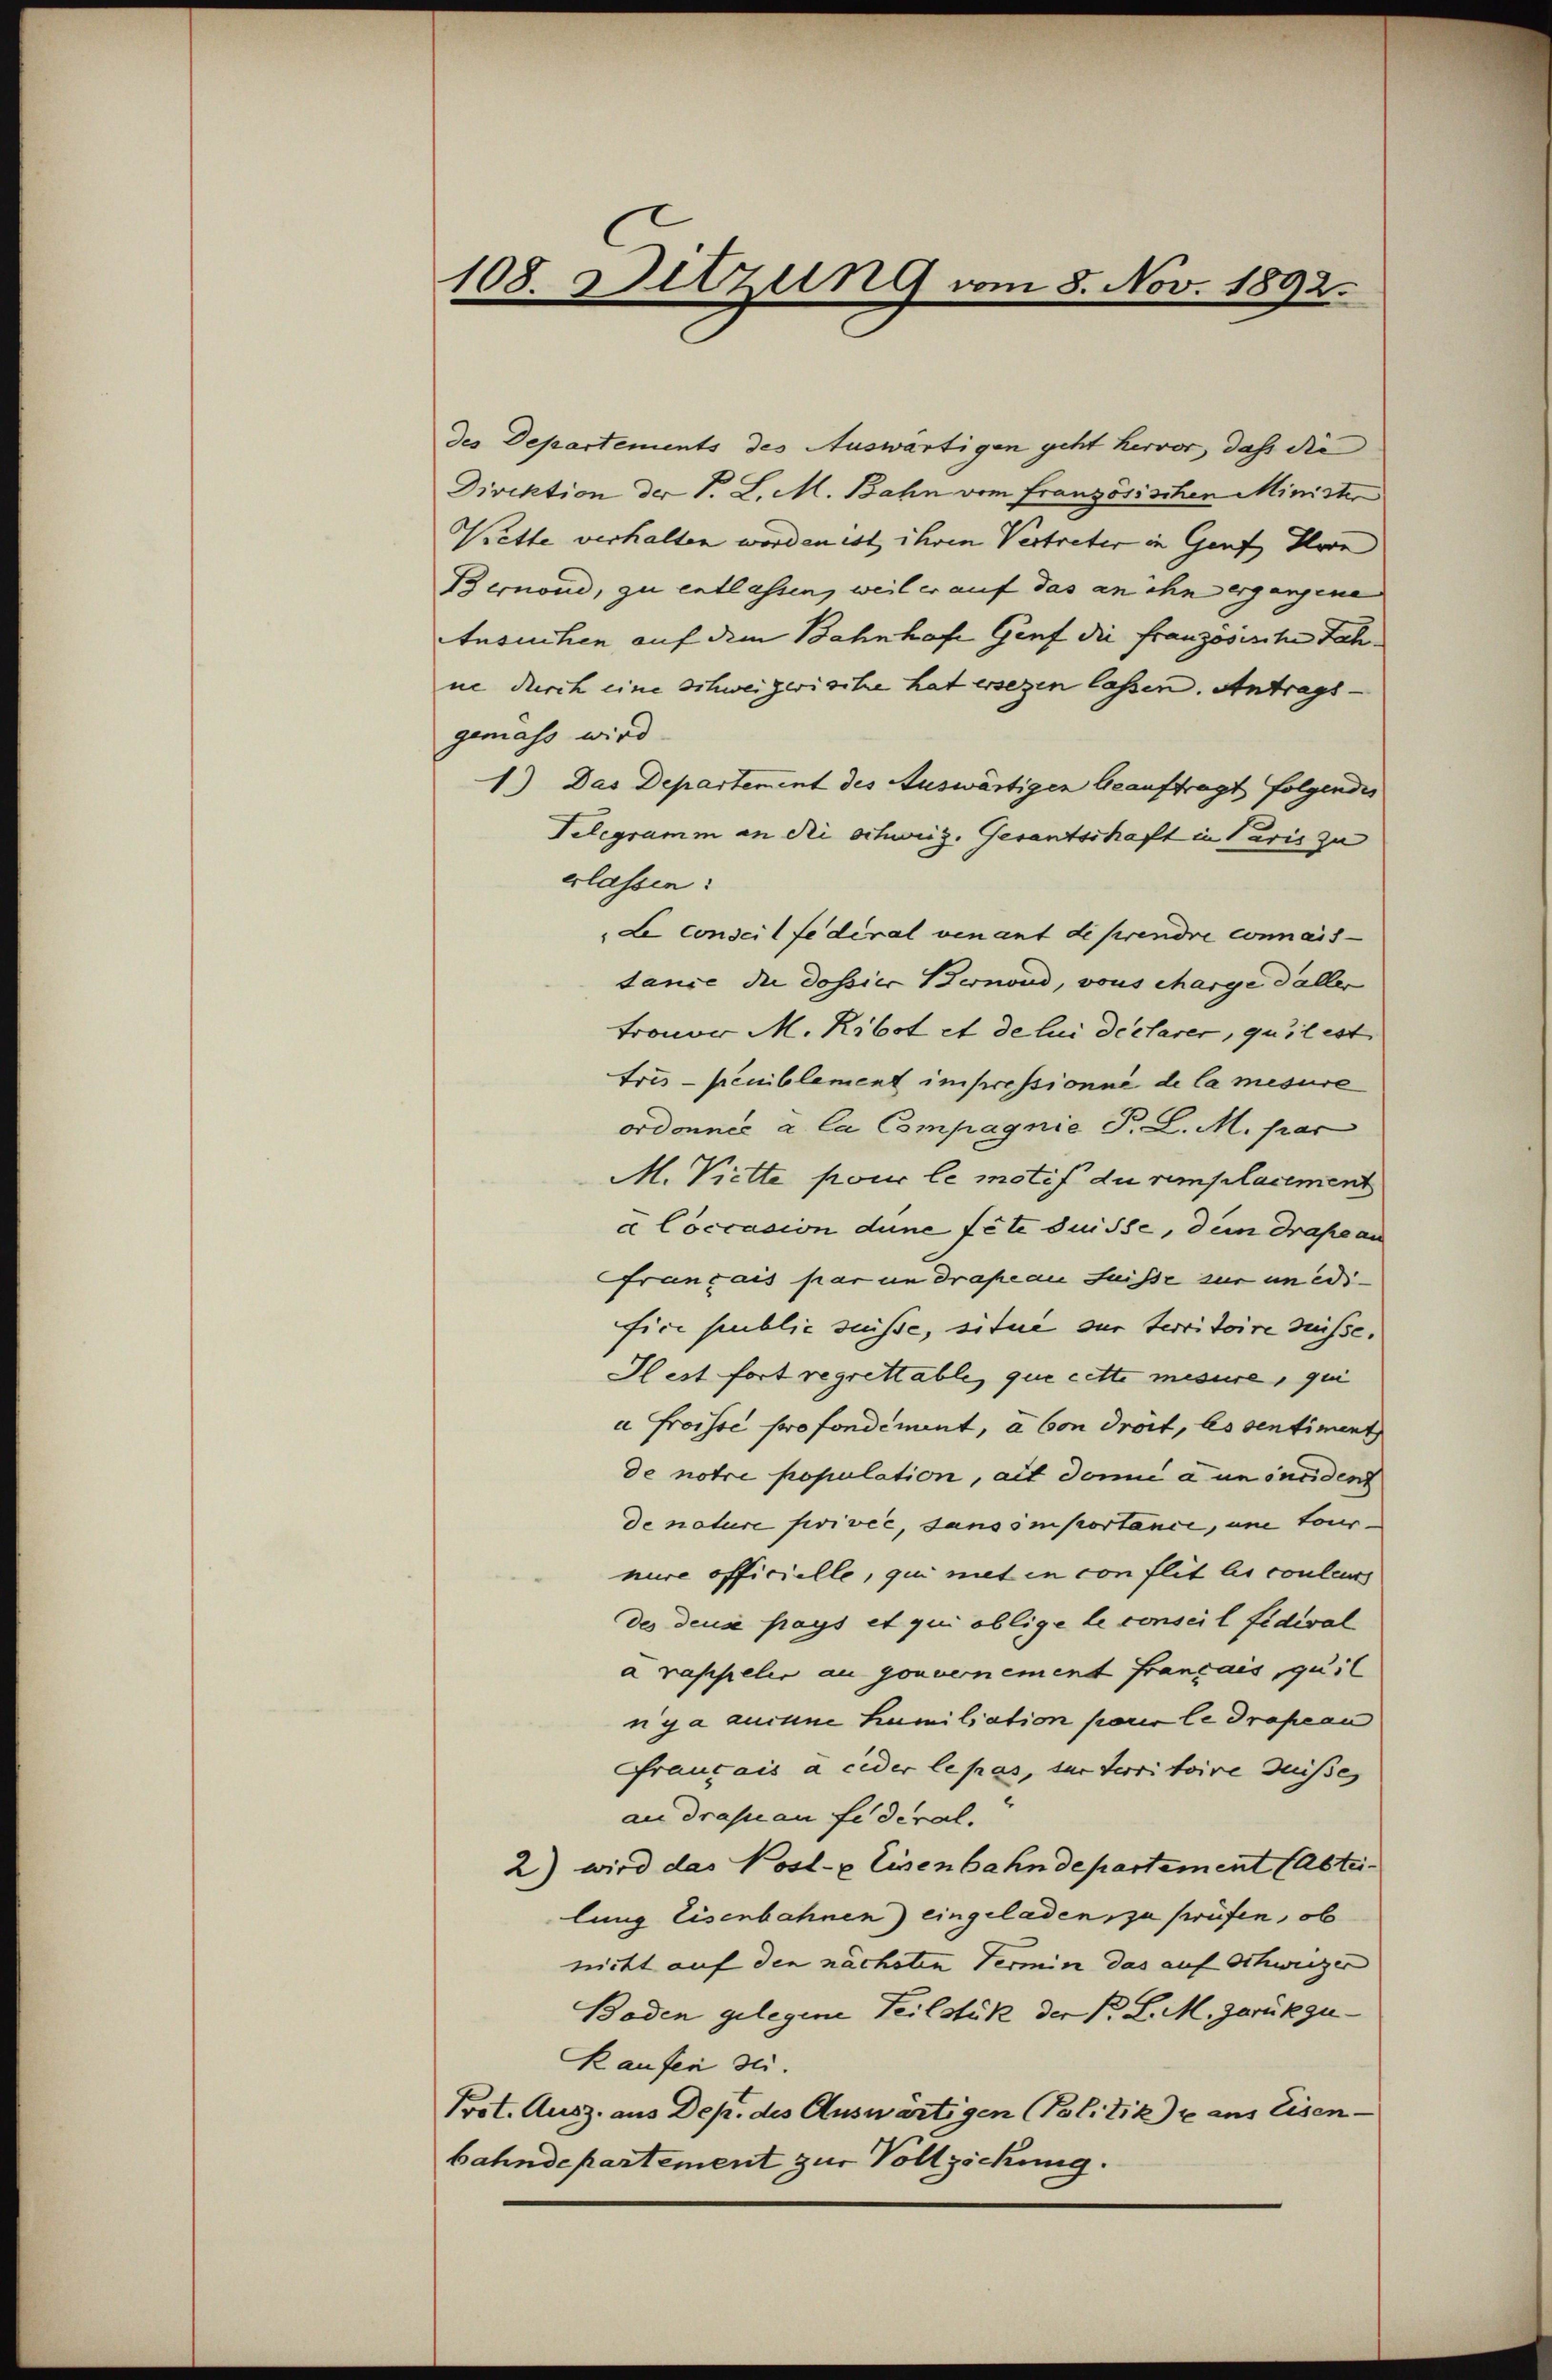
108. Sitzung vom 8. Nov. 1892.

des Departements des Auswärtigen geht hervor, dass die
Direktion der P. L. M. Bahn vom französischen Minister
Krette verhalten worden ist ihren Vertreter in Genf Iron
Bernond, zu entlassen, weil er auf das an ihn ergangene
AAnsuchen auf dem Bahnhofe Genf die franzosische Jah
ne durch eine schweizerische hat ersezen lassen. Antrags-
gemass wird
1.) Das Departement des Auswärtigen beauftragt folgendes
Telegramm an die schweiz. Gesantschaft in Paris zu
erlassen:
Le conseil federal venant di prendre connais-
dance die dossier Bernond, vous Marge daller
tronon M. Ribot et de lui déclarer, quitest
tris peniblement impressionné de la mesure
ordonnée a la Compagnie P. L. M. par
M. Viette pour le motif du remplacement
a Coccasion dune fete desse, den Drape an
Français par un drapian Fuße zur unedifice public süsse, situe sur territoire desse,
Hlest fort regrettable, que cette mesure, qui
a Froisse pro fondiment, a von droit, les sentiment
de notre population, alt demie a un sanident
de nature fivivić, sans importance, un tour-
nire officielle, qui meten von flit le couleurs
des deuse pays et qui oblige le conseil fidival
a rappeler au gouvernement Français quit
nga aucune hamiliation parer le drapeau
Frauvais à ceder le pas, zur Territoire desses
au drasuan fideral.
2) wird das Post- & Eisenbahndepartement (Abtei
lung Eisenbahnen) eingeladen zu prüfen, ob
nicht auf den nächsten Termin das auf Schweizer
Boden gelegene Teilstük der B. L. M. zurükzu¬
Kaufen sei.
Prot. Ausz. aus Dep. des Auswärtigen Politike aus Eisen-
bahndepartement zur Vollzickung.